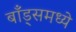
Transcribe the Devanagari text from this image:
बाँड्समध्ये